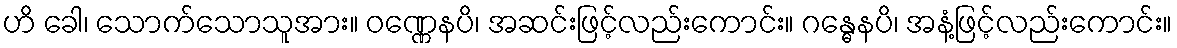
ဟိ ခေါ၊ သောက်သောသူအား။ ဝဏ္ဏေနပိ၊ အဆင်းဖြင့်လည်းကောင်း။ ဂန္ဓေနပိ၊ အနံ့ဖြင့်လည်းကောင်း။